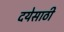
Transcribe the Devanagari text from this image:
दयेसाठी